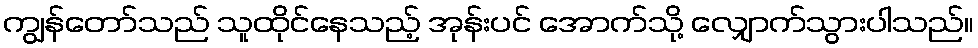
ကျွန်တော်သည် သူထိုင်နေသည့် အုန်းပင် အောက်သို့ လျှောက်သွားပါသည်။